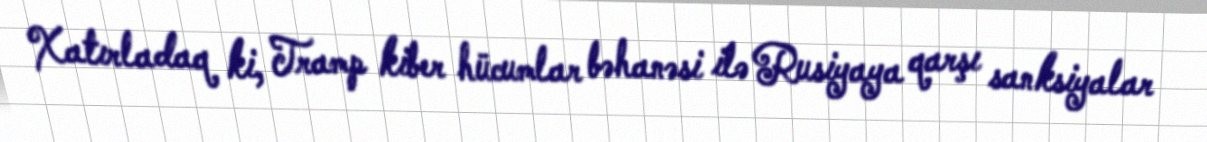
Xatırladaq ki, Tramp kiber hücumlar bəhanəsi ilə Rusiyaya qarşı sanksiyalar